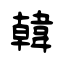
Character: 韓